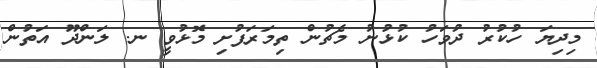
މިދިޔަ ހުކުރު ދުވަހު ކުޅުނު މެޗުން ތިމަރަފުށި މޮޅުވީ ނ. ލަންދޫ އަތުން